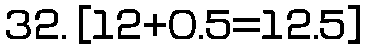
32. [12+0.5=12.5]